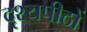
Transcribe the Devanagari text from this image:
दृश्यपीठों